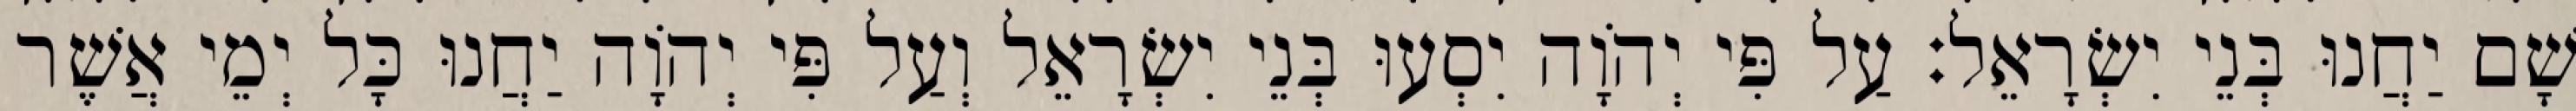
שָׁם יַחֲנוּ בְּנֵי יִשְׂרָאֵל׃ עַל פִּי יְהֹוָה יִסְעוּ בְּנֵי יִשְׂרָאֵל וְעַל פִּי יְהוָֹה יַחֲנוּ כָּל יְמֵי אֲשֶׁר